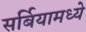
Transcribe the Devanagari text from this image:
सर्बियामध्ये